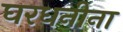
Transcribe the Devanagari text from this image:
घरधनीना